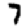
Digit: 7